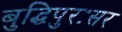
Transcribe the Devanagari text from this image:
बुद्धिपुरःसर